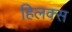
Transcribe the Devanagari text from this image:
हिलक्स